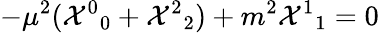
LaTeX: -\mu^{2}({{\cal X}^{0}}_{0}+{{\cal X}^{2}}_{2})+m^{2}{{\cal X}^{1}}_{1}=0